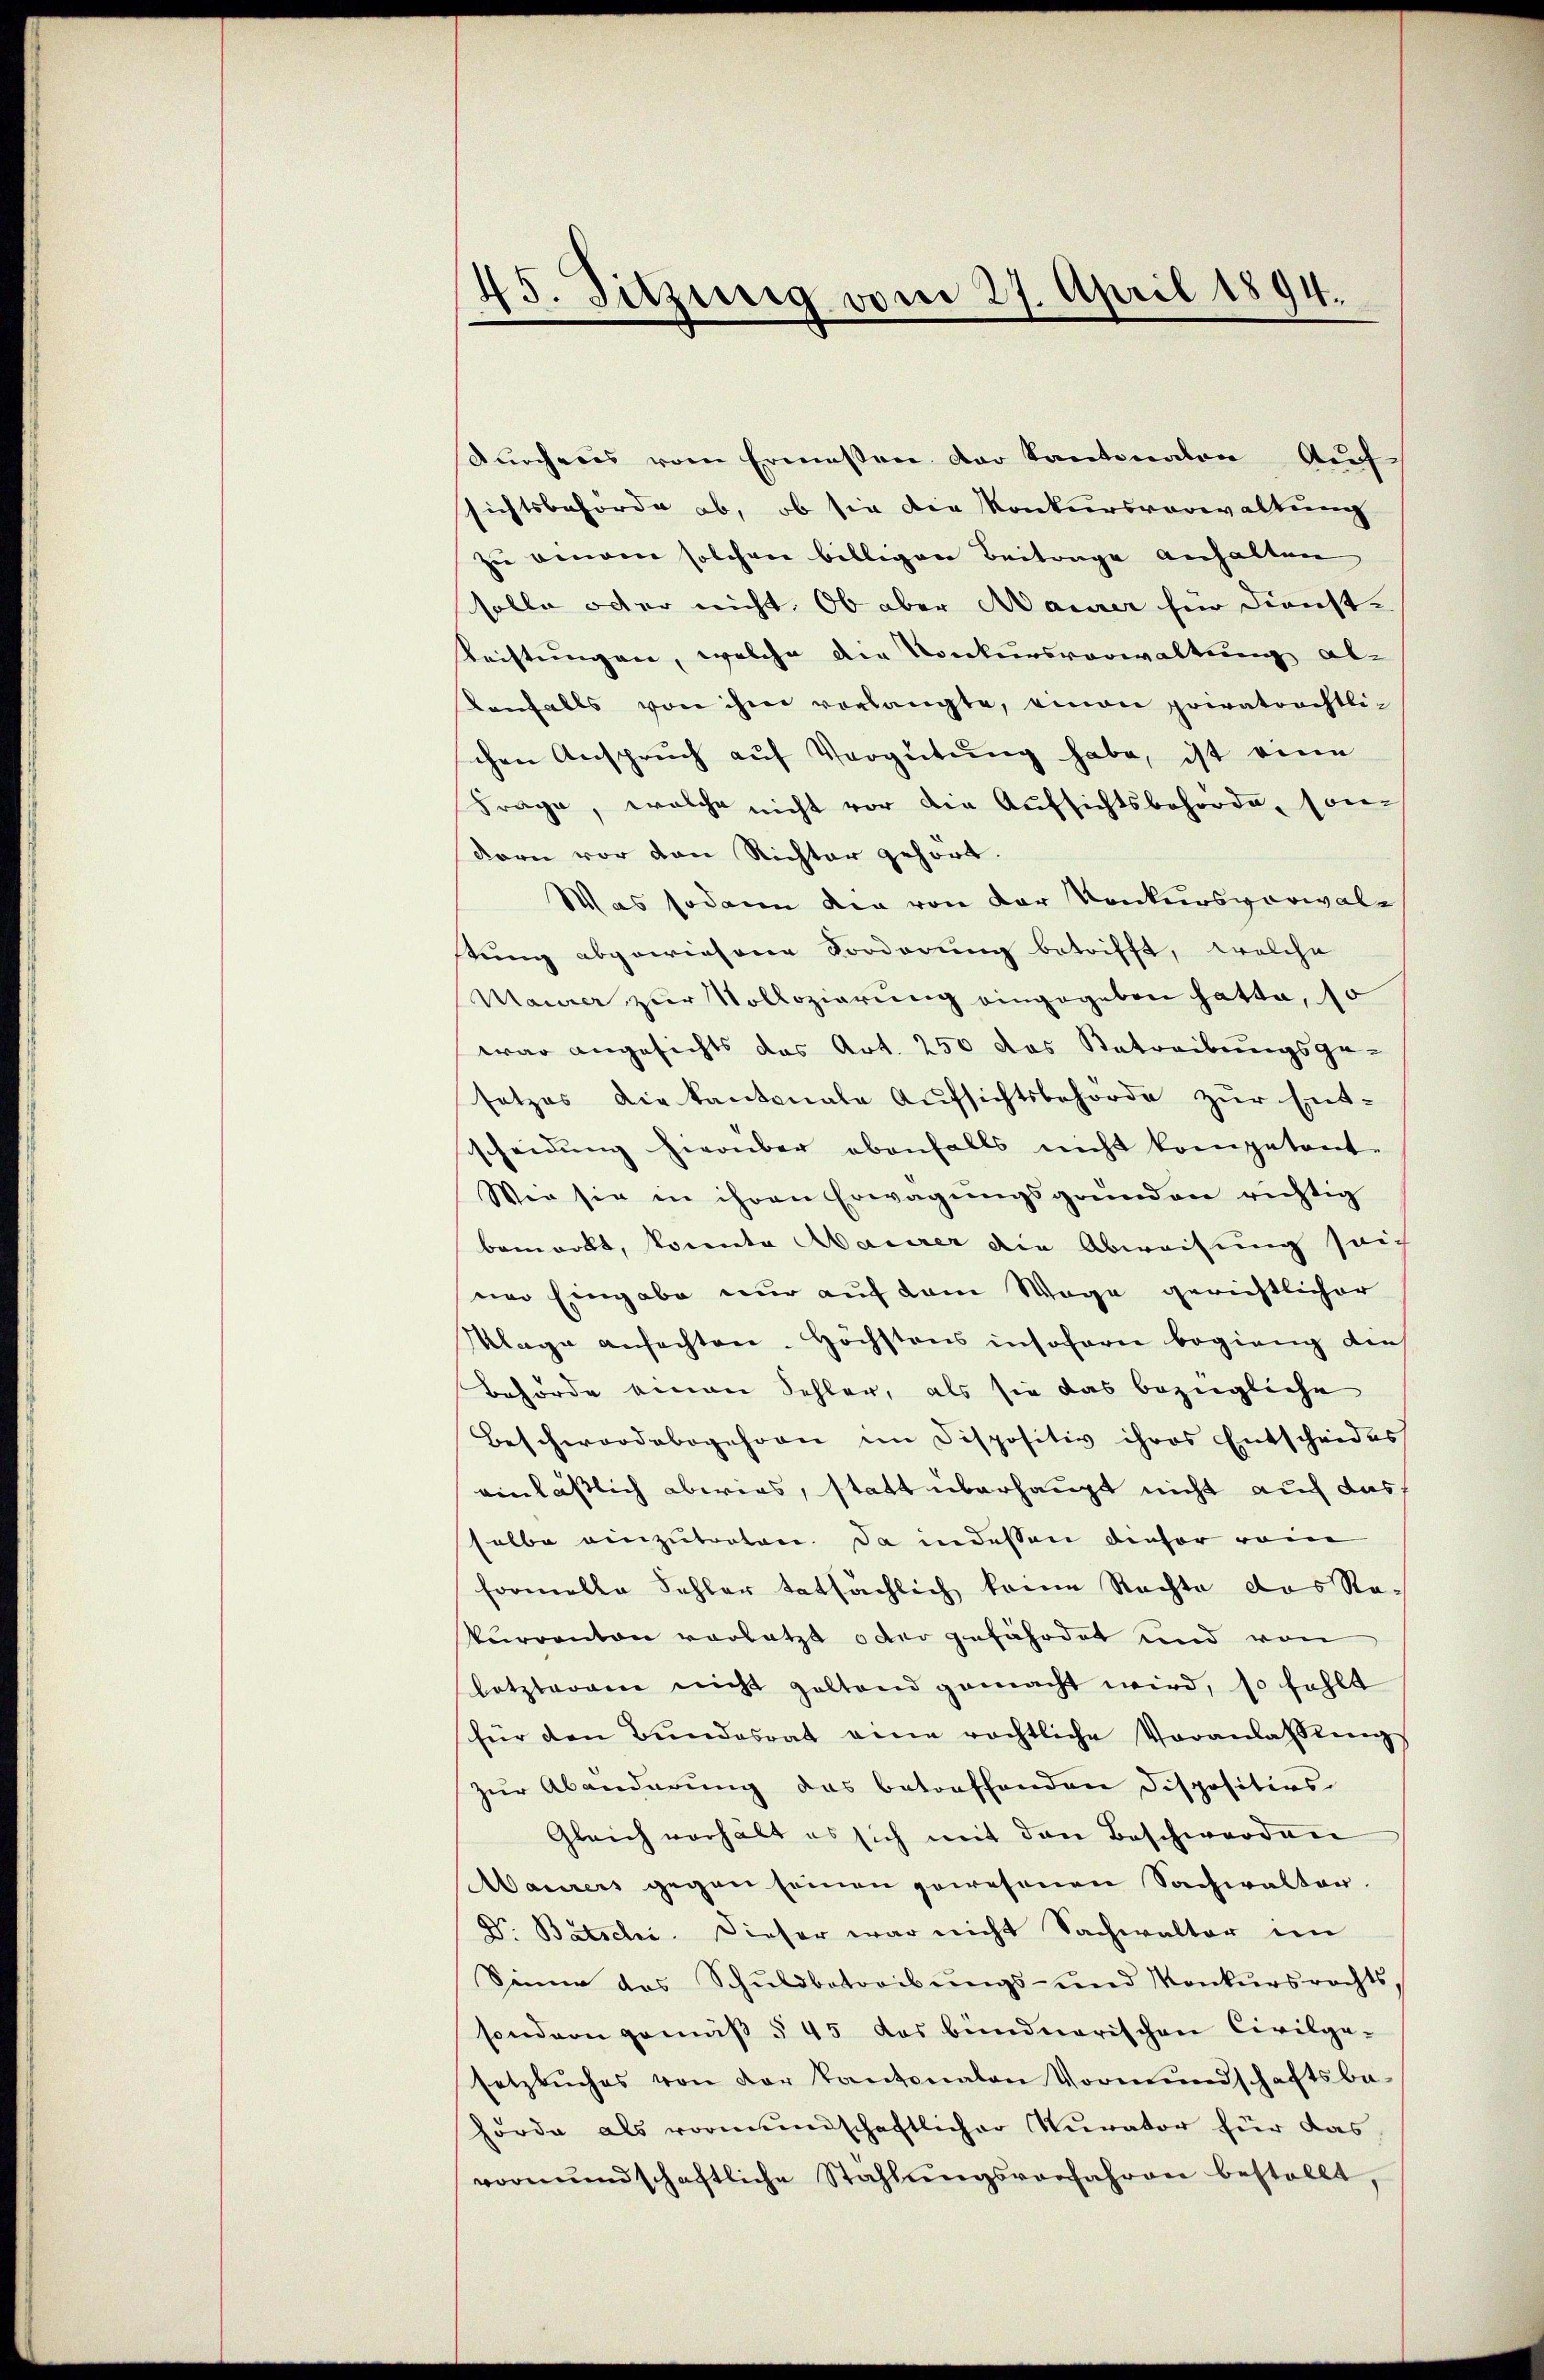
45. Sitzung vom 27. April 1894.

dŭrcheres vom Ermessen der Kantonalen Aufsichtsbehörde ab, ob sie die Konkursverwaltung
zu benen solchen billigen Beitrage anhalten
solle oder nicht. Ob aber Maurer für Dienstteistungen, welche die Konkursverwaltung aldenfalls von ihm verlangte, einen privatrechtlichen Anspruch auf Vergütung habe, ist eine
Frage, welche nicht vor die Aufsichtsbehörde, son¬
Korn vor den Richter gehört.
Was sodann die von der Konkursverwal
stung abgewiesene Sorderung betrifft, welche
Maier zur Vollozierung eingegeben hatte, 10
war angesichts das Art. 250 das Betreibungsge-
setzes die kantonale Aufsichtsbehörde zur Entscheidung hierüber ebenfalls nicht kompetent-
Wie sie in ihren Erwägungsgründen richtig
bemerkt, konnte Maurer die Abweisung seich
ner Eingabe nur auf dem Wege gerichtlicher
Klage anfachten. Höchstens insofern begieng die
Behörde einen Schler, als sie das bezügliche
Beschwerdebogehren im Dispositiv ihres Entscheides
einläßlich abwies, statt überhaupt nicht auch das
selbe einzutreten. Da indessen dieser rein
formelle Fehler tatsächlich keine Nachte das Re¬
Purranton vorletzt oder gefährdet und von
letzterem nicht geltend gemacht wird, so fehlt
für den Bŭndesrat eine rechtliche Veranlassungs
zur Abänderung das betreffenden Dispositios
Gleich verhält es sich mit den Beschwerden
Maurers gegen seinen gewesenen Sachwalter.
Dr. Bätschi. Dieser war nicht Sachwalter im
Sinne des Schŭldbetreibŭngs- und Konkursrechts,
sondern gemäβ § 45 das bündnerischen Civilge-
setzbuches von der Kantonalen Vormundschaftsbehörde als vormundschaftlicher Kurator für das
vormŭndschaftliche Stahlŭngsverfahren bestellt,